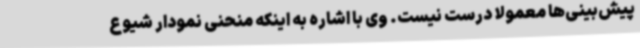
پیش‌بینی‌ها معمولا درست نیست. وی با اشاره به اینکه منحنی نمودار شیوع